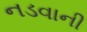
નડવાની